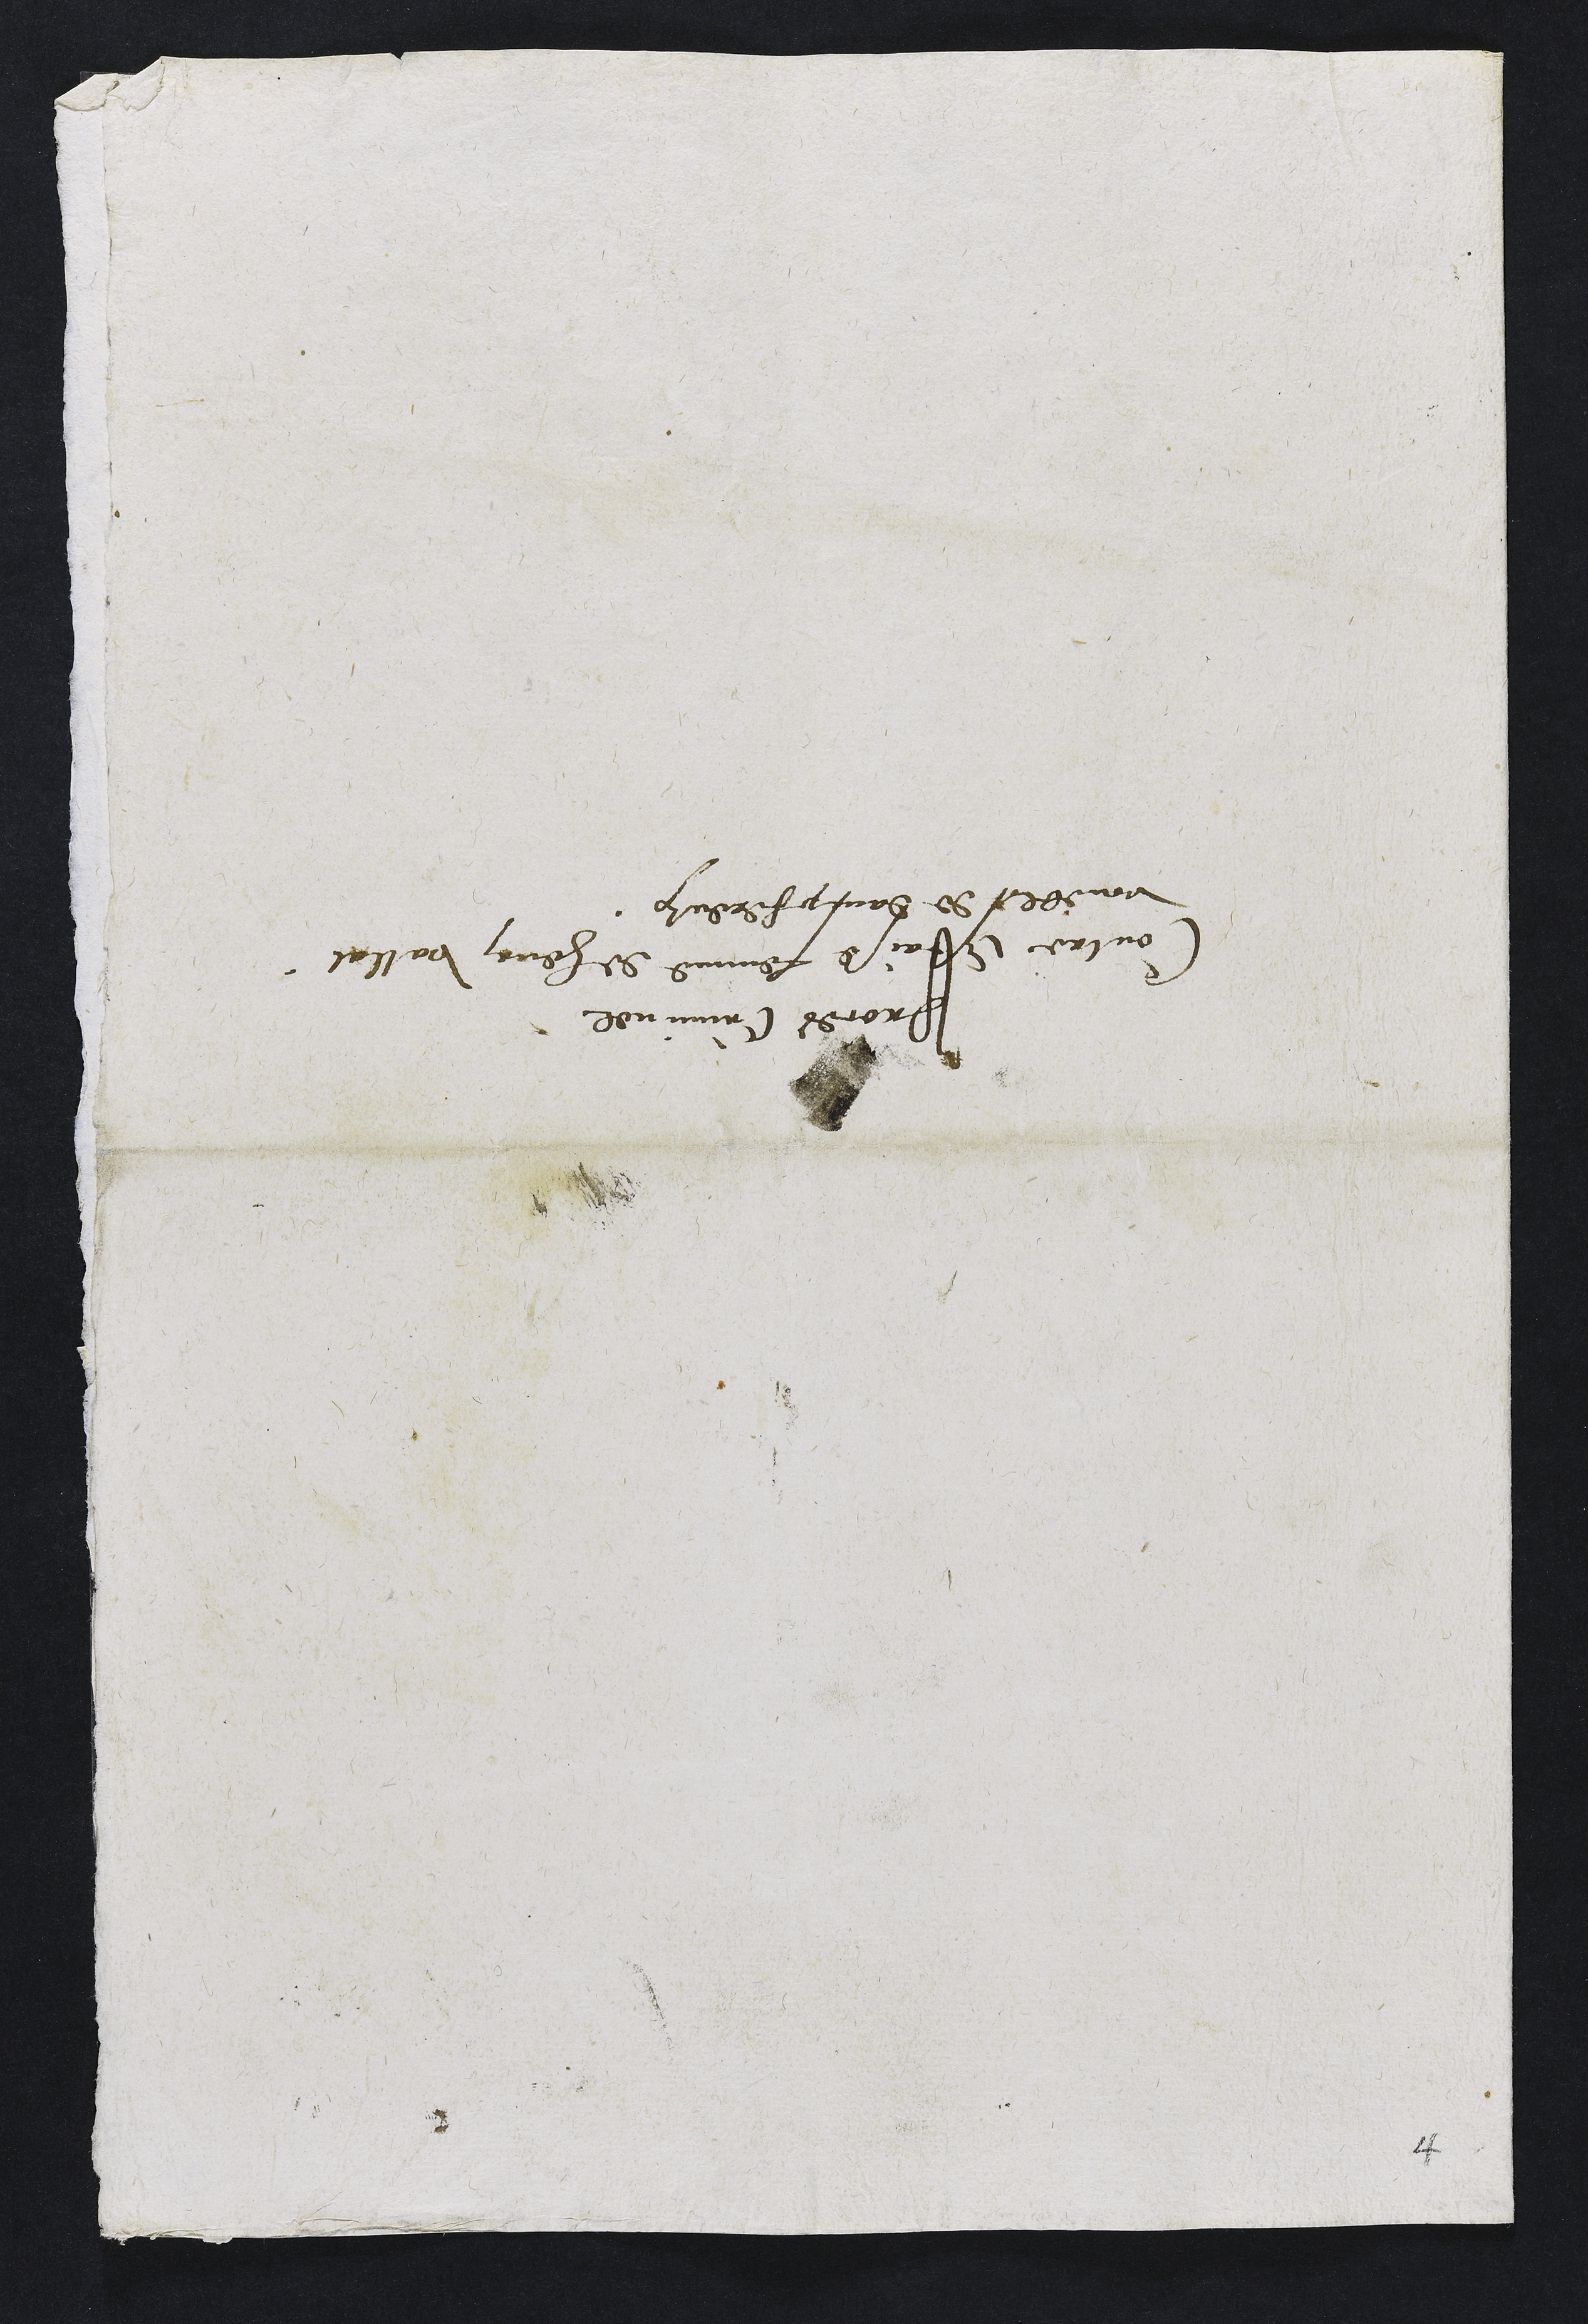
Proces Criminel
Contre Estaise femme de henri vallat
voueble de dampfereulx